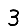
Digit: 3